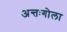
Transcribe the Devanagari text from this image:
अन्तःगोला